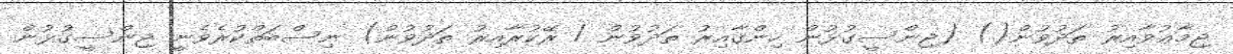
ޖިމާޢުވާއިރު ތަދުވުން() (ޖިންސީގުޅުން ހިންގާއިރު ތަދުވުން / ރޭކުރާއިރު ތަދުވުން) ނިސްބަތްކުރެވެނީ ޖިންސީގުޅުން